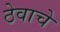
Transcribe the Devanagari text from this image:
ठेवाचे